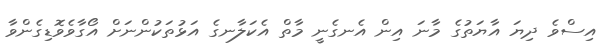
އިސްވެ ދިޔަ އާޔަތުގެ މާނަ އިން އެނގެނީ މާތް އެކަލާނގެ އަޅުތަކުންނަށް އޯގާވެވޮޑިގެންވާ